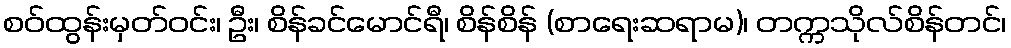
စဝ်ထွန်းမှတ်ဝင်း၊ ဦး၊ စိန်ခင်မောင်ရီ၊ စိန်စိန် (စာရေးဆရာမ)၊ တက္ကသိုလ်စိန်တင်၊